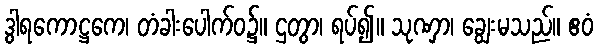
ဒွါရကောဋ္ဌကေ၊ တံခါးပေါက်ဝ၌။ ဌတွာ၊ ရပ်၍။ သုဏှာ၊ ချွေးမသည်။ ဧဝံ